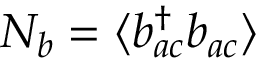
N _ { b } = \langle b _ { a c } ^ { \dagger } b _ { a c } \rangle